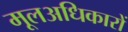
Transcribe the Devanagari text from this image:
मूलअधिकारों